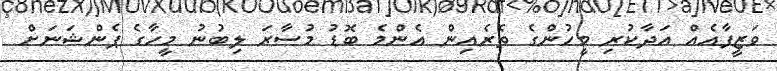
ވަޒީފާއެއް އަދާކުރި މީހުންގެ ތެރެއިން އެންމެ ބޮޑު މުސާރަ ލިބުނު މީހާގެ ޕެންޝަނަށް